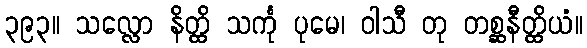
၃၉၃။ သလ္လော နိတ္ထိ သင်္ကု ပုမေ၊ ဝါသီ တု တစ္ဆနီတ္ထိယံ။